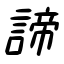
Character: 諦